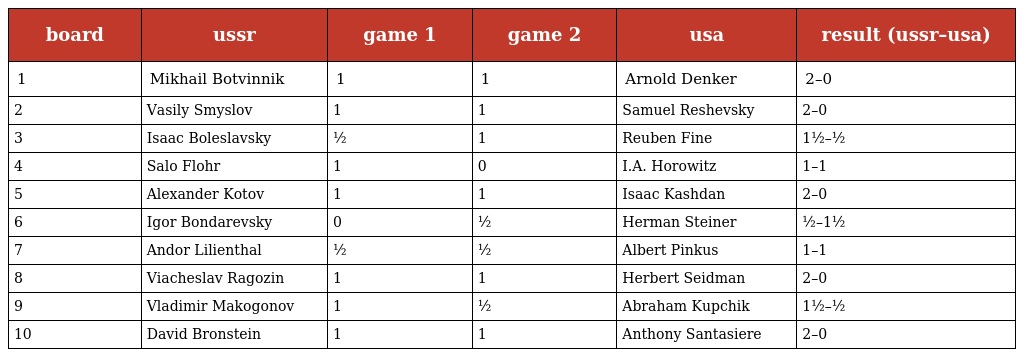
| board | ussr | game 1 | game 2 | usa | result (ussr–usa) |
 | --- | --- | --- | --- | --- | --- |
 | 1 | Mikhail Botvinnik | 1 | 1 | Arnold Denker | 2–0 |
 | 2 | Vasily Smyslov | 1 | 1 | Samuel Reshevsky | 2–0 |
 | 3 | Isaac Boleslavsky | ½ | 1 | Reuben Fine | 1½–½ |
 | 4 | Salo Flohr | 1 | 0 | I.A. Horowitz | 1–1 |
 | 5 | Alexander Kotov | 1 | 1 | Isaac Kashdan | 2–0 |
 | 6 | Igor Bondarevsky | 0 | ½ | Herman Steiner | ½–1½ |
 | 7 | Andor Lilienthal | ½ | ½ | Albert Pinkus | 1–1 |
 | 8 | Viacheslav Ragozin | 1 | 1 | Herbert Seidman | 2–0 |
 | 9 | Vladimir Makogonov | 1 | ½ | Abraham Kupchik | 1½–½ |
 | 10 | David Bronstein | 1 | 1 | Anthony Santasiere | 2–0 |